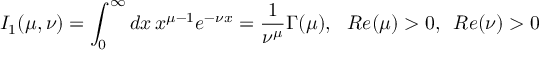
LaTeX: I _ { 1 } ( \mu , \nu ) = \int _ { 0 } ^ { \infty } d x \, x ^ { \mu - 1 } e ^ { - \nu x } = \frac 1 { \nu ^ { \mu } } \Gamma ( \mu ) , \, \, \, \, R e ( \mu ) > 0 , \, \, \, R e ( \nu ) > 0